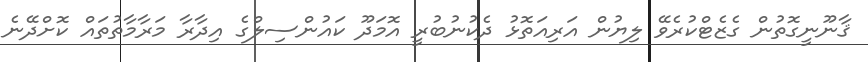
ޤާނޫނީގޮތުން ގެޒެޓްކުރެވޭ ލިޔުން އަރިއަތޮޅު ދެކުނުބުރީ އޮމަދޫ ކައުންސިލްގެ އިދާރާ މަރާމާތުތައް ކޮށްދޭނެ